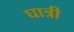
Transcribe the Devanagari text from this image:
घात्री